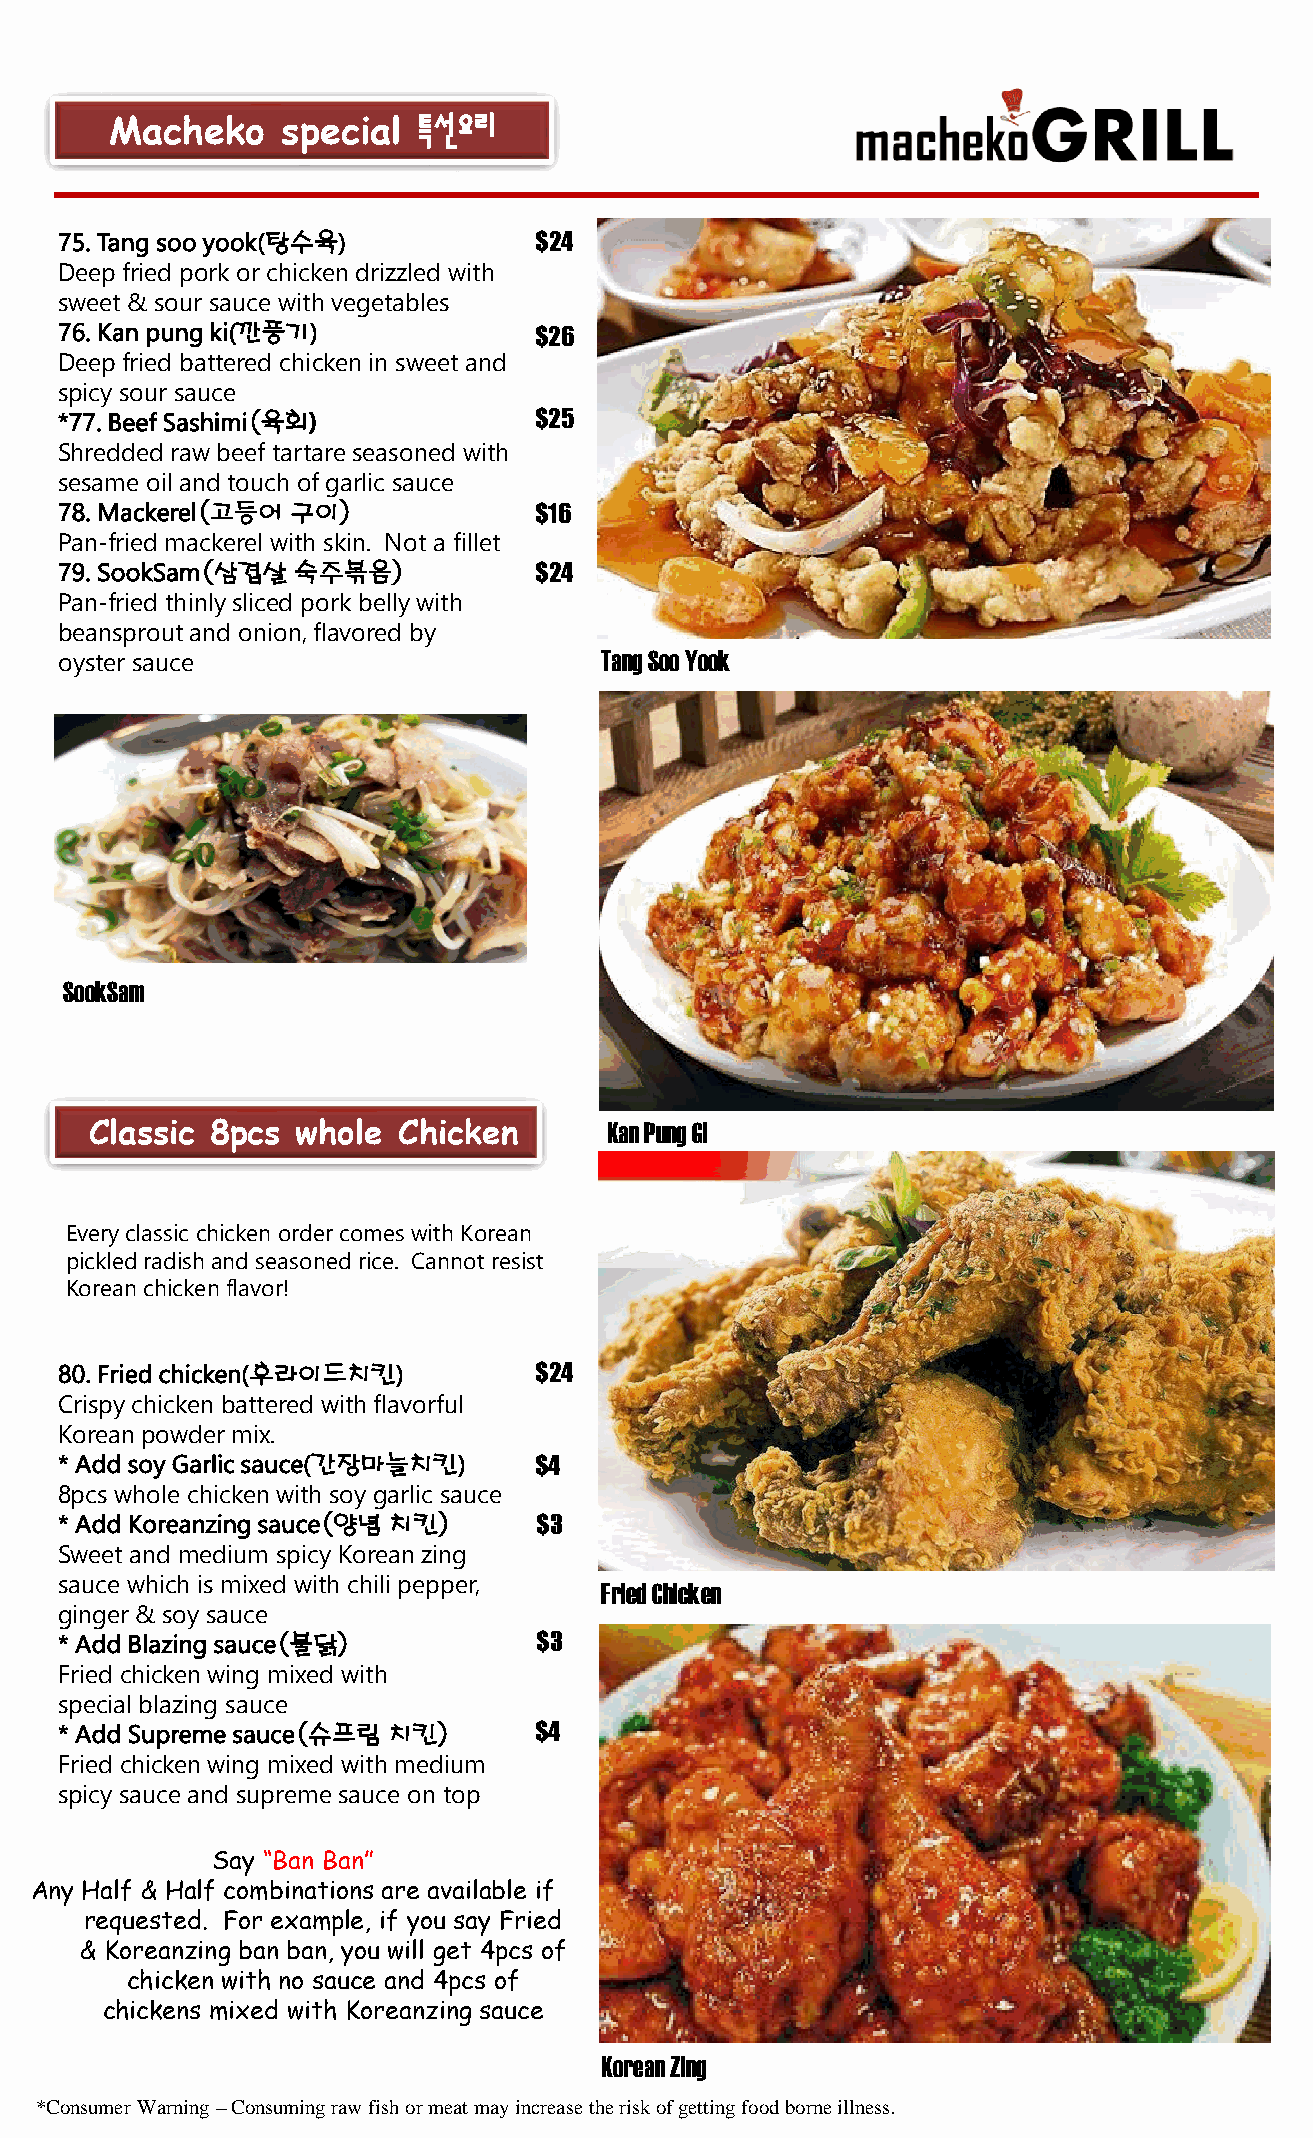
Macheko     special  특선요리
 75. Tang sooyook(탕수육)          $24
 Deep fried pork or chicken drizzled with
 sweet & sour sauce with vegetables
 76. Kan pungki(깐풍기)            $26
 Deep fried battered chicken in sweet and
 spicy sour sauce
 *77. Beef Sashimi(육회)          $25
 Shredded raw beef tartare seasoned with
 sesame oil and touch of garlic sauce
 78. Mackerel(고등어 구이)           $16
 Pan-fried mackerel with skin. Not a fillet
 79. SookSam(삼겹살 숙주볶음)          $24
 Pan-fried thinly sliced pork belly with
 beansprout and onion, flavored by
 oyster sauce                        Tang Soo Yook
 SookSam
 Classic 8pcs  whole Chicken       Kan PungGi
 Every classic chicken order comes with Korean
 pickled radish and seasoned rice. Cannot resist
 Korean chicken flavor!
 80. Fried chicken(후라이드치킨)      $24
 Crispy chicken battered with flavorful
 Korean powder mix.
 * Add soy Garlic sauce(간장마늘치킨) $4
 8pcs whole chicken with soy garlic sauce
 * Add Koreanzingsauce(양념 치킨)    $3
 Sweet and medium spicy Korean zing
 sauce which is mixed with chili pepper, Fried Chicken
 ginger & soy sauce
 * Add Blazing sauce(불닭)         $3
 Fried chicken wing mixed with
 special blazing sauce
 * Add Supreme sauce(슈프림 치킨)    $4
 Fried chicken wing mixed with medium
 spicy sauce and supreme sauce on top
 Say “Ban Ban”
 Any Half & Half combinations are available if
 requested. For example, if you say Fried
 & Koreanzing ban ban, you will get 4pcs of
 chicken with no sauce and 4pcs of
 chickens mixed with Koreanzing sauce
 Korean Zing
 *Consumer Warning –Consuming raw fish or meat may increase the risk of getting food borne illness.